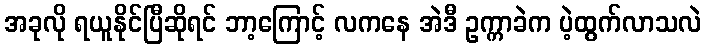
အခုလို ရယူနိုင်ပြီဆိုရင် ဘာ့ကြောင့် လကနေ အဲဒီ ဥက္ကာခဲက ပဲ့ထွက်လာသလဲ